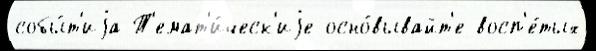
собы́т'иjа Т'емат'и́ческ'иjе осно́вывайт'е восп'е́тых